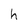
Character: h